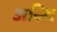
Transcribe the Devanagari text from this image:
अस्‍थि